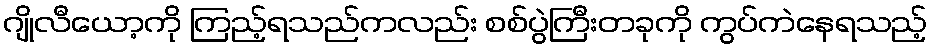
ဂျိုလီယော့ကို ကြည့်ရသည်ကလည်း စစ်ပွဲကြီးတခုကို ကွပ်ကဲနေရသည့်